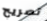
تصريح